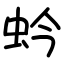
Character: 蚙